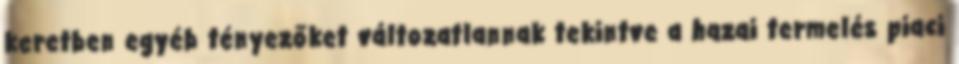
keretben egyéb tényezőket változatlannak tekintve a hazai termelés piaci